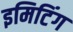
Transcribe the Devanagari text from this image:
इमिटिंग